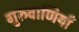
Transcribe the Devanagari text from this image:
गुरुवाणियाँ